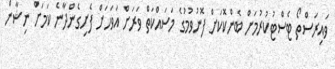
ވައިރަސްތޯ ޓެސްޓުކުރުމަށް ބެންކޮކަށް ފޮނުވުމުގެ މަސައްކަތް ވަރަށް އަވަހަށް ފެށިގެންދާނެ ކަމަށް ނިޝާން